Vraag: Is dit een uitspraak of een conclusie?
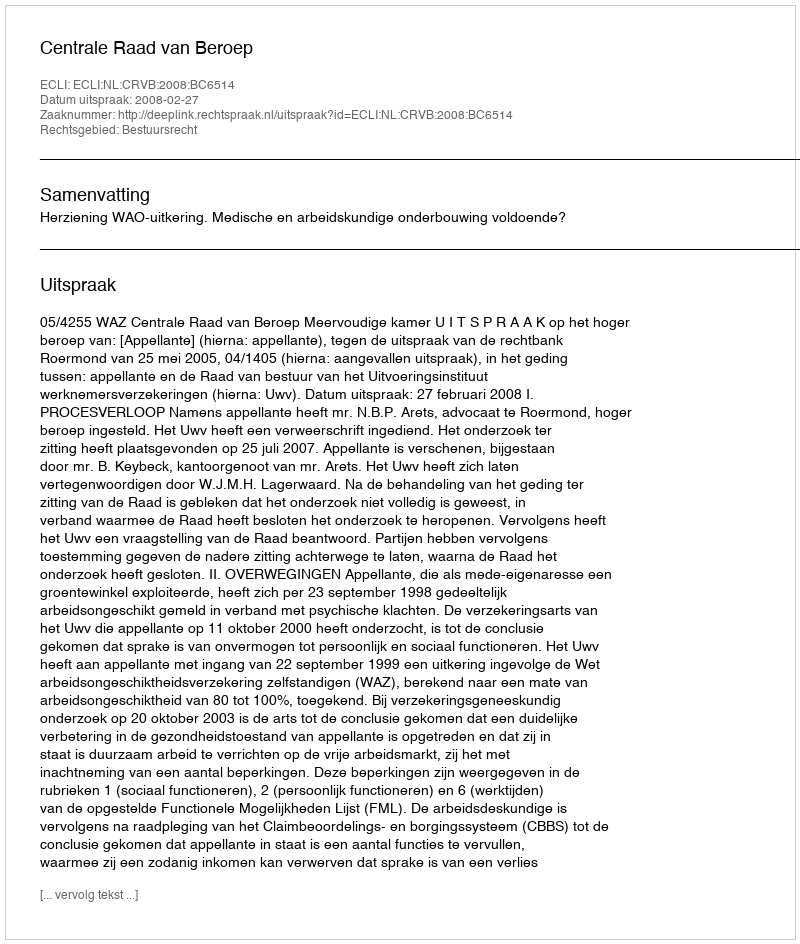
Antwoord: Uitspraak